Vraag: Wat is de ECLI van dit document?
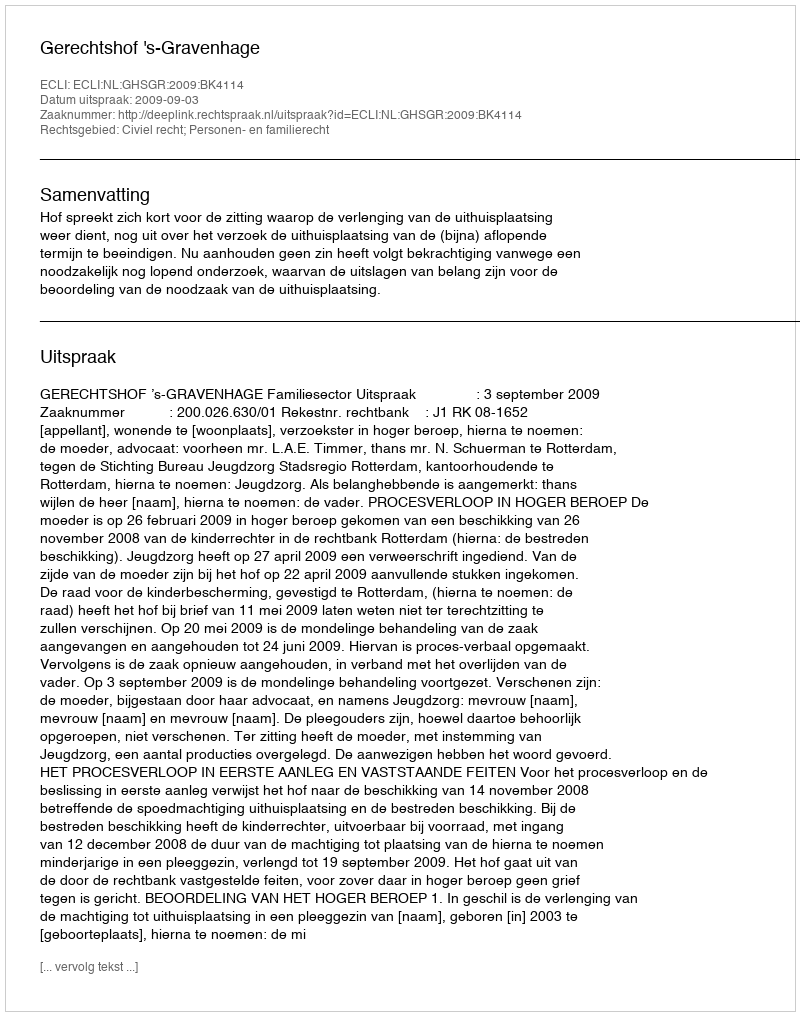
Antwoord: ECLI:NL:GHSGR:2009:BK4114